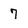
Character: 7